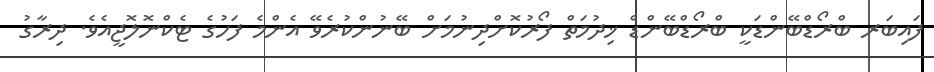
ފައިބަރ ބްރޯޑްބޭންޑަކީ ބްރޯޑްބޭންޑް ޚިދުމަތް ފޯރުކޮށްދިނުމަށް ބޭނުންކުރެވޭ އެންމެ ފަހުގެ ޓެކްނޮލޮޖީއެވެ. ދިރާގު